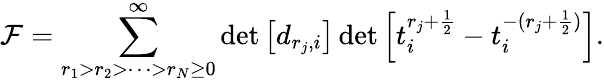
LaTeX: {\cal F}=\sum_{r_{1}>r_{2}>\cdots>r_{N}\geq 0}^{\infty}\operatorname*{det}\left[d_{r_{j},i}\right]\operatorname*{det}\left[t_{i}^{r_{j}+\frac{1}{2}}-t_{i}^{-(r_{j}+\frac{1}{2})}\right].